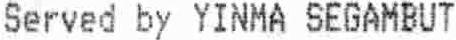
SERVED BY YINMA SEGAMBUT